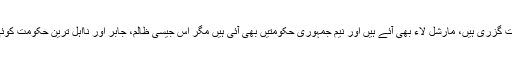
حکومتیں تو بہت گزری ہیں، مارشل لاء بھی آئے ہیں اور نیم جمہوری حکومتیں بھی آئی ہیں مگر اس جیسی ظالم، جابر اور نااہل ترین حکومت کوئی نہیں آئی ہے۔